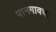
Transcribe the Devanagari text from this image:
पानगावचा